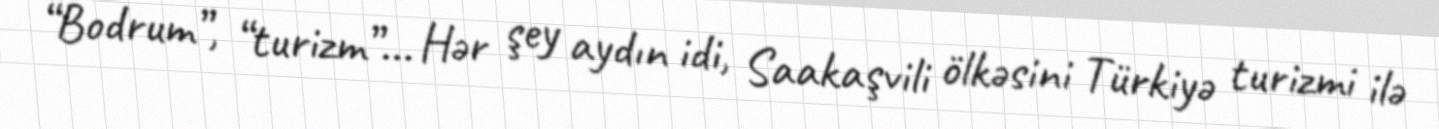
“Bodrum”, “turizm”... Hər şey aydın idi, Saakaşvili ölkəsini Türkiyə turizmi ilə